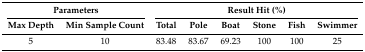
<table><thead><tr><td colspan="2"><b>Parameters</b></td><td colspan="6"><b>Result Hit (%)</b></td></tr><tr><td><b>Max Depth</b></td><td><b>Min Sample Count</b></td><td><b>Total</b></td><td><b>Pole</b></td><td><b>Boat</b></td><td><b>Stone</b></td><td><b>Fish</b></td><td><b>Swimmer</b></td></tr></thead><tbody><tr><td>5</td><td>10</td><td>83.48</td><td>83.67</td><td>69.23</td><td>100</td><td>100</td><td>25</td></tr></tbody></table>